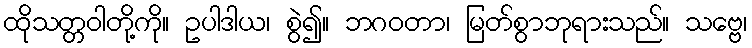
ထိုသတ္တဝါတို့ကို။ ဥပါဒါယ၊ စွဲ၍။ ဘဂဝတာ၊ မြတ်စွာဘုရားသည်။ သဗ္ဗေ၊